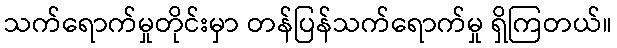
သက်ရောက်မှုတိုင်းမှာ တန်ပြန်သက်ရောက်မှု ရှိကြတယ်။